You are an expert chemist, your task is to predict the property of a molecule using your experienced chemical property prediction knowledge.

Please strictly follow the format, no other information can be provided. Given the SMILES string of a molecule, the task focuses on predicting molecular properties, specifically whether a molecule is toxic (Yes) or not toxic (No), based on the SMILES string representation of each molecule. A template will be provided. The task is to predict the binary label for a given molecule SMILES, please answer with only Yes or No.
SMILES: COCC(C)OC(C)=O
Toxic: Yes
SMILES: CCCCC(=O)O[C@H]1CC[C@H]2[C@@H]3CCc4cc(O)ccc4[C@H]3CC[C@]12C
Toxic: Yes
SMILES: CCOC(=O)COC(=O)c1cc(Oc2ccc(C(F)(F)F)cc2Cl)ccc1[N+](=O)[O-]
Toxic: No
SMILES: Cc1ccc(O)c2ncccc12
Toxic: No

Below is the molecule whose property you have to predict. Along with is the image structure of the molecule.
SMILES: CCOc1ccc2nc(S(N)(=O)=O)sc2c1
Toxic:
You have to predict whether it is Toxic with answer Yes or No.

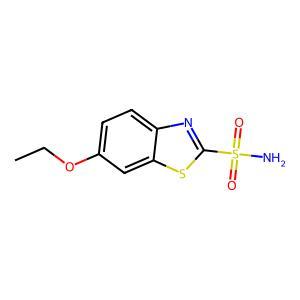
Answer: No